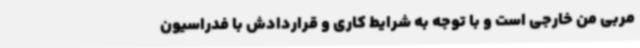
مربی من خارجی است و با توجه به شرایط کاری و قراردادش با فدراسیون